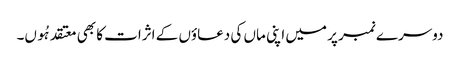
دوسرے نمبر پر میں اپنی ماں کی دعاؤں کے اثرات کا بھی معتقد ہُوں۔